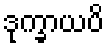
ဒုက္ခာယပိ